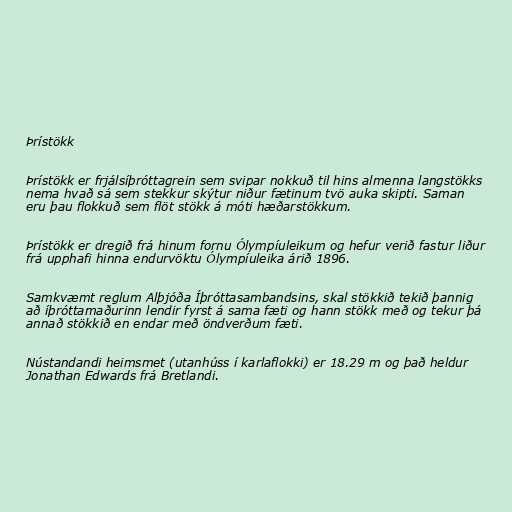
Þrístökk

Þrístökk er frjálsíþróttagrein sem svipar nokkuð til hins almenna langstökks
nema hvað sá sem stekkur skýtur niður fætinum tvö auka skipti. Saman
eru þau flokkuð sem flöt stökk á móti hæðarstökkum.

Þrístökk er dregið frá hinum fornu Ólympíuleikum og hefur verið fastur liður
frá upphafi hinna endurvöktu Ólympíuleika árið 1896.

Samkvæmt reglum Alþjóða Íþróttasambandsins, skal stökkið tekið þannig
að íþróttamaðurinn lendir fyrst á sama fæti og hann stökk með og tekur þá
annað stökkið en endar með öndverðum fæti.

Nústandandi heimsmet (utanhúss í karlaflokki) er 18.29 m og það heldur
Jonathan Edwards frá Bretlandi.